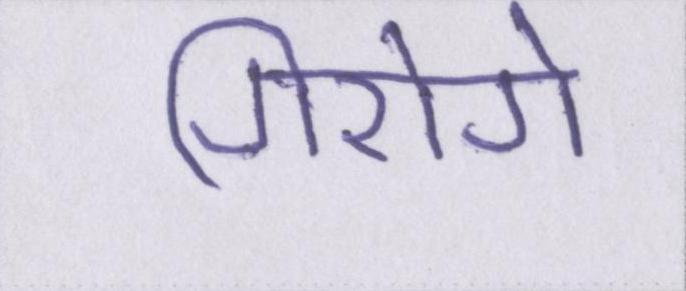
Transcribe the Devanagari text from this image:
गिरोगे